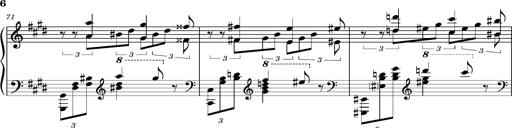
Title: PrÃ©ludes et Harmonies poÃ©tiques et religieuses
Composer: Franz Liszt